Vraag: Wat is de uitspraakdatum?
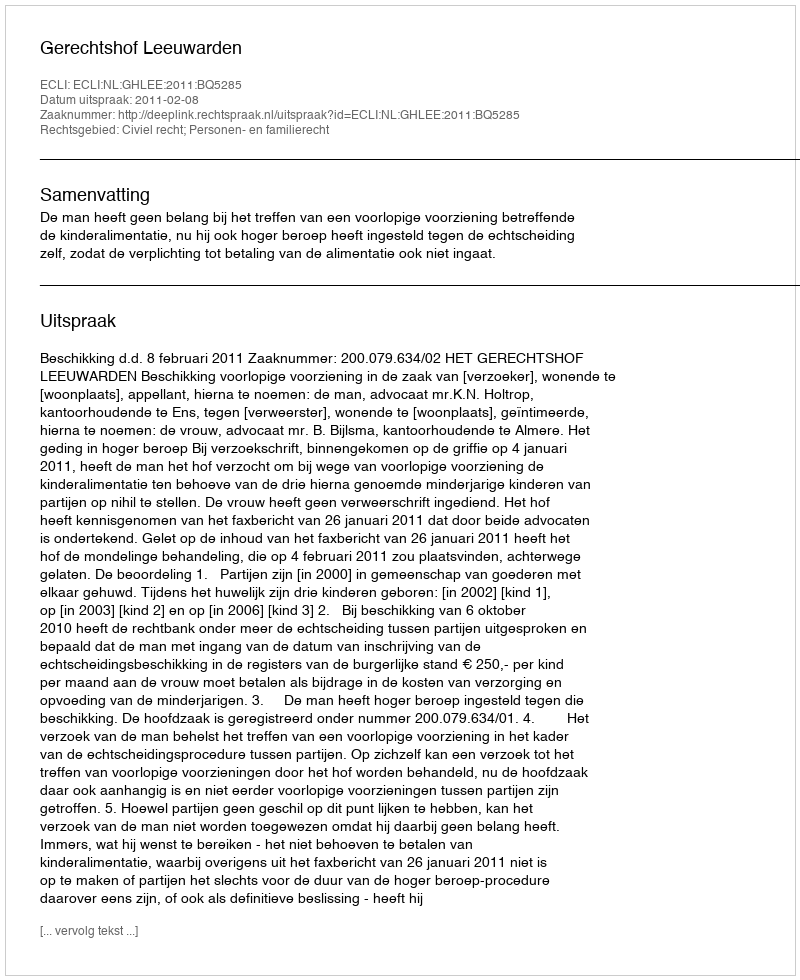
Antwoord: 2011-02-08